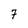
Character: 7